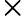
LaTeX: \boldsymbol{\times}